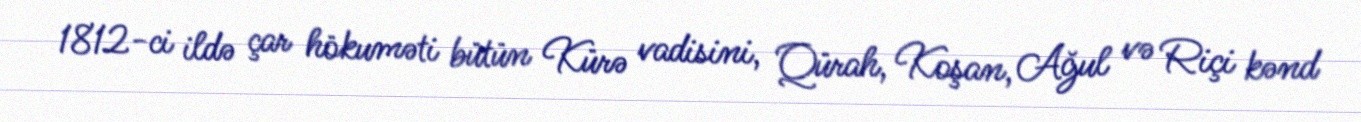
1812-ci ildə çar hökuməti bütün Kürə vadisini, Qürah, Koşan, Ağul və Riçi kənd